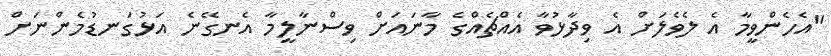
"އެހެންވީމާ އެ ލެވެލަށް އެ ވިދާޅުވާ އެއްޗެއްގެ މާނައަށް ވިސްނާލީމާ އެނގޭނެ އަޅުގަނޑުމެންނަށް